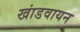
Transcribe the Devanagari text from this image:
खांडवायन